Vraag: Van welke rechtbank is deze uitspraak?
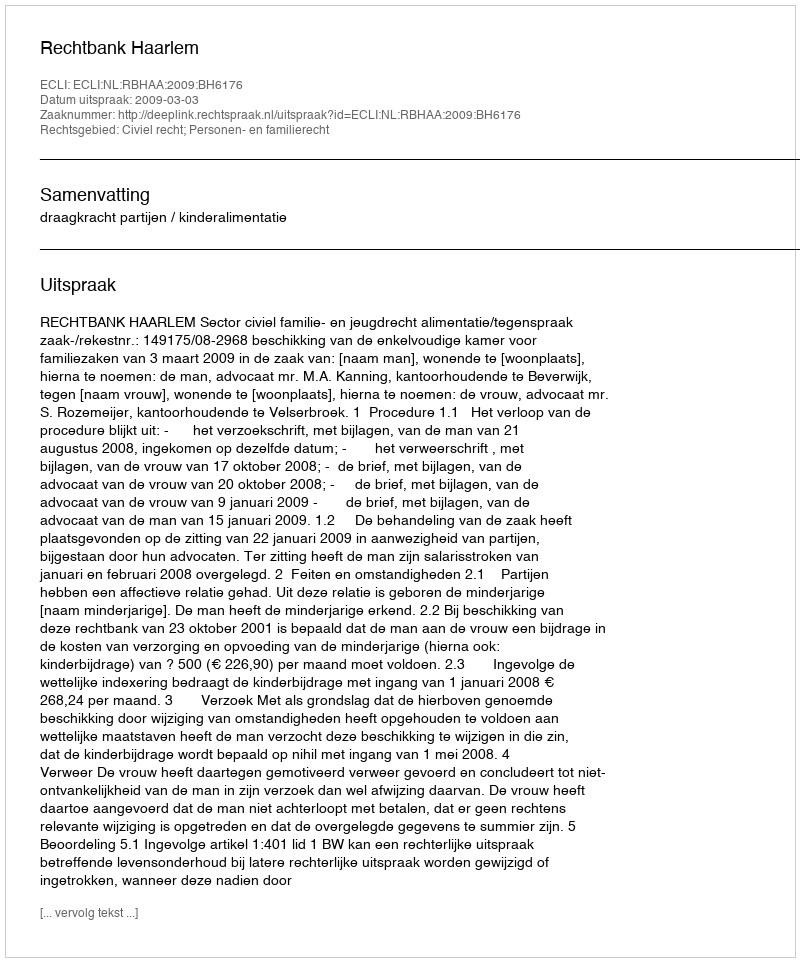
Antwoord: Rechtbank Haarlem